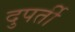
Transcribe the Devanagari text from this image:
दुपर्ती